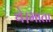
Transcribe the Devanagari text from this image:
थे।माता